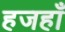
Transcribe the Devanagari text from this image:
हजहाँ